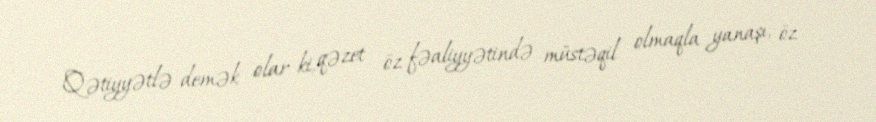
Qətiyyətlə demək olar ki, qəzet öz fəaliyyətində müstəqil olmaqla yanaşı, öz